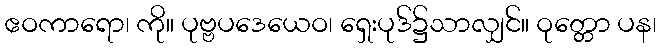
ဧဝကာရော၊ ကို။ ပုဗ္ဗပဒေယေဝ၊ ရှေးပုဒ်၌သာလျှင်။ ဝုတ္တော ပန၊